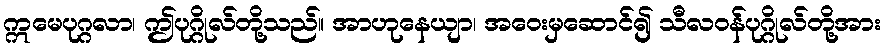
ဣမေပုဂ္ဂလာ၊ ဤပုဂ္ဂိုလ်တို့သည်။ အာဟုနေယျာ၊ အဝေးမှဆောင်၍ သီလဝန်ပုဂ္ဂိုလ်တို့အား